Scottish Leaving Certificate Examination, 1955
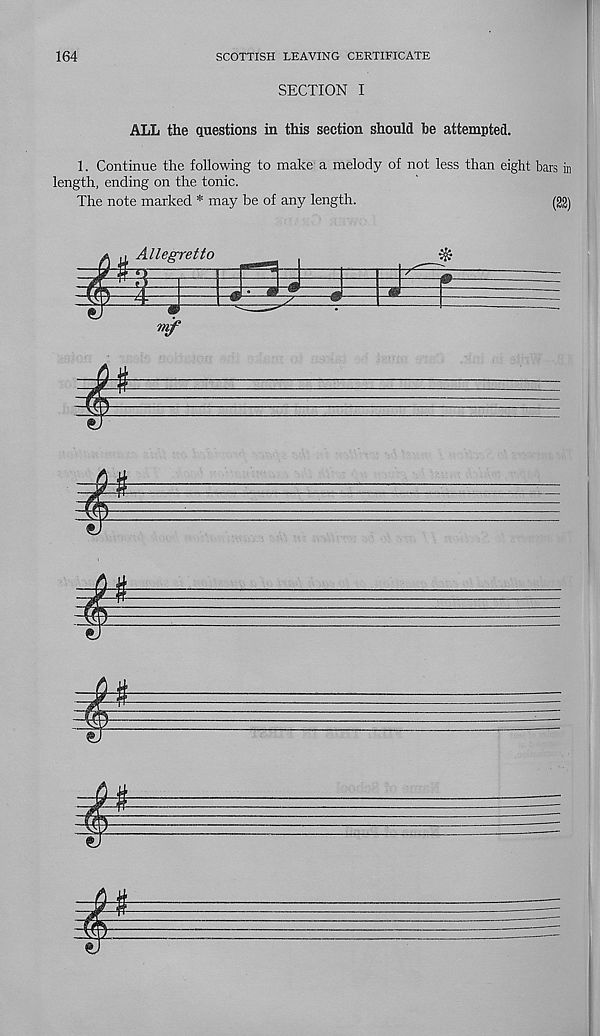
164
SCOTTISH LEAVING CERTIFICATE
SECTION I
ALL the questions in this section should he attempted.
1. Continue the following to make a melody of not less than eight bars h
length, ending on the tonic.
The note marked * may be of any length.
(22)
£
Allegretto
l
&